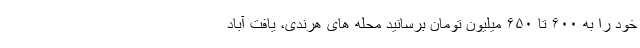
خود را به ۶۰۰ تا ۶۵۰ میلیون تومان برسانید محله های هرندی، یافت آباد